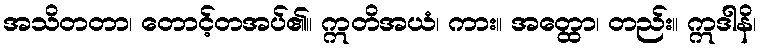
အသိတတာ၊ တောင့်တအပ်၏။ ဣတိအယံ၊ ကား။ အတ္ထော၊ တည်း။ ဣဒါနိ၊